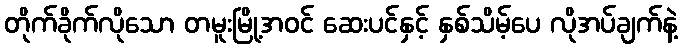
တိုက်ခိုက်လိုသော တမူးမြို့အဝင် ဆေးပင်နှင့် နှစ်သိမ့်ပေ လိုအပ်ချက်နဲ့